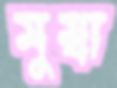
মুম্বা